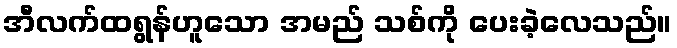
အီလက်ထရွန်ဟူသော အမည် သစ်ကို ပေးခဲ့လေသည်။